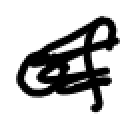
Text: of
Cross-out: scratch
Writing tool: digital_black